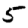
Digit: 5